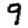
Digit: 9